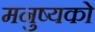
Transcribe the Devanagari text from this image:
मनुष्यको